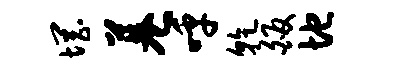
惘巷呼干皈地